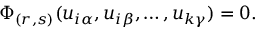
\Phi _ { ( r , s ) } ( u _ { i \alpha } , u _ { i \beta } , \ldots , u _ { k \gamma } ) = 0 .